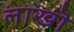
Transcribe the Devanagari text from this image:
लाखॊ